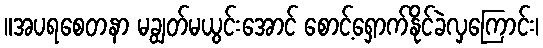
။အပရစေတနာ မချွတ်မယွင်းအောင် စောင့်ရှောက်နိုင်ခဲလှကြောင်း၊